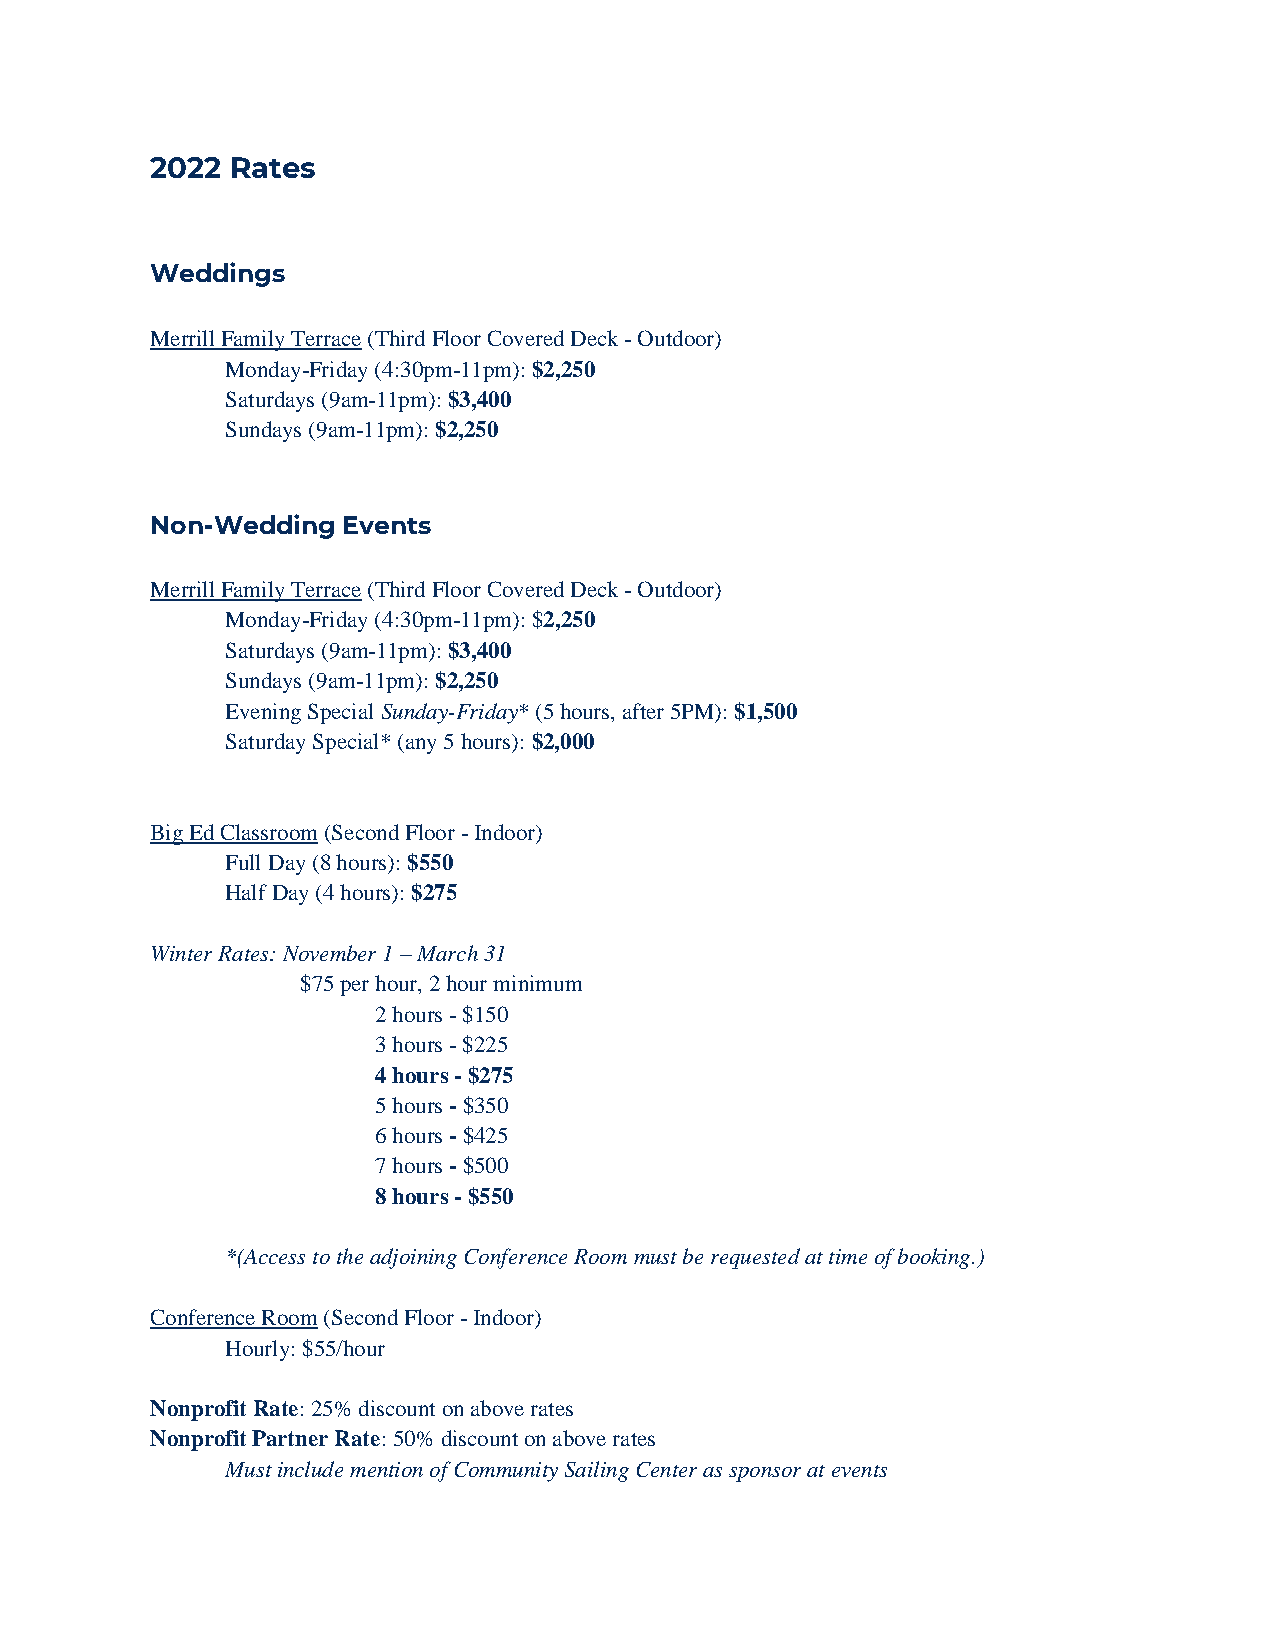
2022 Rates
 Weddings
 Merrill Family Terrace (Third Floor Covered Deck - Outdoor)
 Monday-Friday (4:30pm-11pm): $2,250
 Saturdays (9am-11pm): $3,400
 Sundays (9am-11pm): $2,250
 Non-Wedding  Events
 Merrill Family Terrace (Third Floor Covered Deck - Outdoor)
 Monday-Friday (4:30pm-11pm): $2,250
 Saturdays (9am-11pm): $3,400
 Sundays (9am-11pm): $2,250
 Evening Special Sunday-Friday* (5 hours, after 5PM): $1,500
 Saturday Special* (any 5 hours): $2,000
 Big Ed Classroom (Second Floor - Indoor)
 Full Day (8 hours): $550
 Half Day (4 hours): $275
 Winter Rates: November 1 – March 31
 $75 per hour, 2 hour minimum
 2 hours - $150
 3 hours - $225
 4 hours - $275
 5 hours - $350
 6 hours - $425
 7 hours - $500
 8 hours - $550
 *(Access to the adjoining Conference Room must be requested at time of booking.)
 Conference Room (Second Floor - Indoor)
 Hourly: $55/hour
 Nonprofit Rate: 25% discount on above rates
 Nonprofit Partner Rate: 50% discount on above rates
 Must include mention of Community Sailing Center as sponsor at events